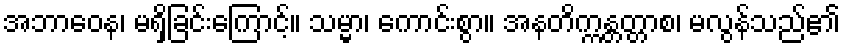
အဘာဝေန၊ မရှိခြင်းကြောင့်။ သမ္မာ၊ ကောင်းစွာ။ အနတိက္ကန္တတ္တာစ၊ မလွန်သည်၏